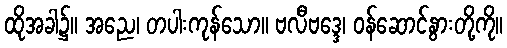
ထိုအခါ၌။ အညေ၊ တပါးကုန်သော။ ဗလီဗဒ္ဒေ၊ ဝန်ဆောင်နွားတို့ကို။